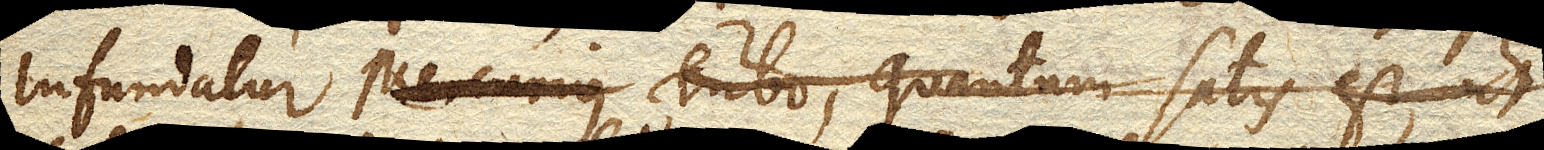
Infundatur Tubo, quantum satis est, ut